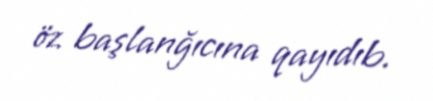
öz başlanğıcına qayıdıb.